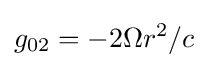
g_{02}=-2\Omega r^{2}/c